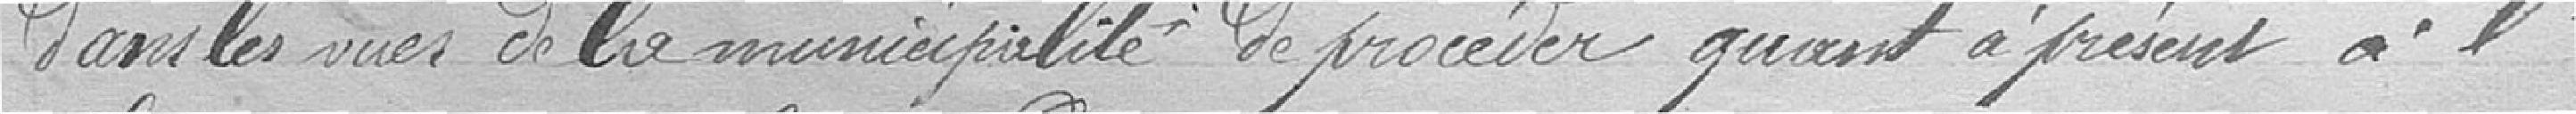
dans les vues de la municipalité de procéder quant à présent à l'